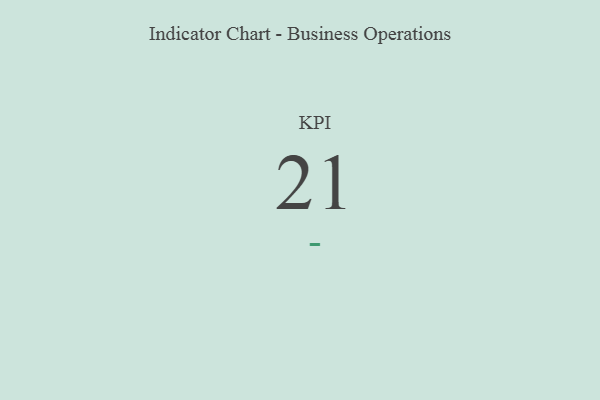
{"axis": {"x": "KPI", "y": "Value"}, "legend": [""], "data": [{"x": "KPI", "y": 21, "type": ""}]}